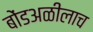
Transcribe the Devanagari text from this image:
बोंडअळीलाच